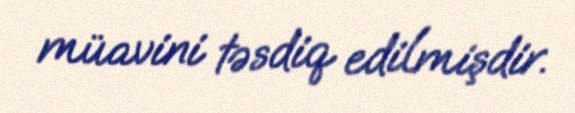
müavini təsdiq edilmişdir.